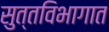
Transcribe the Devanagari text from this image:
सुत्तविभागात